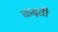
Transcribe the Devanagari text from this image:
कढ़ती